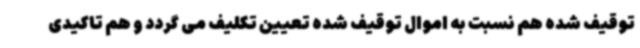
توقیف شده هم نسبت به اموال توقیف شده تعیین تکلیف می گردد و هم تاکیدی